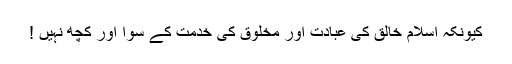
کیونکہ اسلام خالق کی عبادت اور مخلوق کی خدمت کے سوا اور کچھ نہیں !